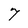
Character: 7